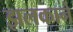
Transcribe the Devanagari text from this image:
झलकाने